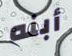
أبنه